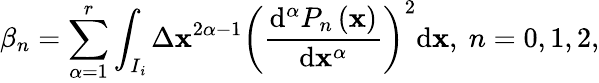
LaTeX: \beta_{n}=\sum_{\alpha=1}^{r}\int_{I_{\mathit{i}}}\Delta\mathbf{x}^{2\alpha-1}\left({\frac{{\mathrm{{d}}^{\alpha}P_{n}\left(\mathbf{x}\right)}}{{\mathrm{{d}}\mathbf{x}^{\alpha}}}}\right)^{2}{\mathrm{{d}}\mathbf{x}},~n=0,1,2,